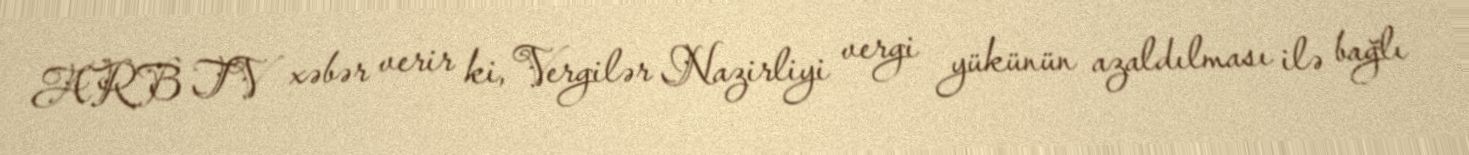
ARB TV xəbər verir ki, Vergilər Nazirliyi vergi yükünün azaldılması ilə bağlı